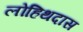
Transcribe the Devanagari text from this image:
लोहिथदास